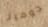
جوميز